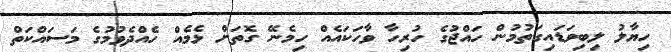
ހިޔާލު ލިބިވަޑައިގަތުމުން ހައްޖުގެ ހުރިހާ ވާހަކައެއް ހިމެނޭ ގޮތަށް ޅެމެއް ހެއްދެވުމުގެ މަސައްކަތް